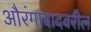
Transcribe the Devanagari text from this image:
औरंगाबादवरील